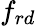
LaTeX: f_{rd}